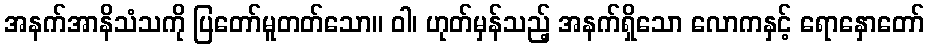
အနက်အာနိသံသကို ပြတော်မူတတ်သော။ ဝါ၊ ဟုတ်မှန်သည့် အနက်ရှိသော လောကနှင့် ရောနှောတော်